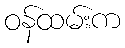
ဝန်ထမ်းက